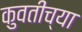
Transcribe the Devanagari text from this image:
कुवतीच्या